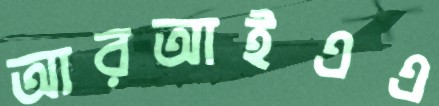
আরআইএএ